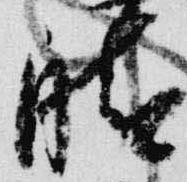
晴